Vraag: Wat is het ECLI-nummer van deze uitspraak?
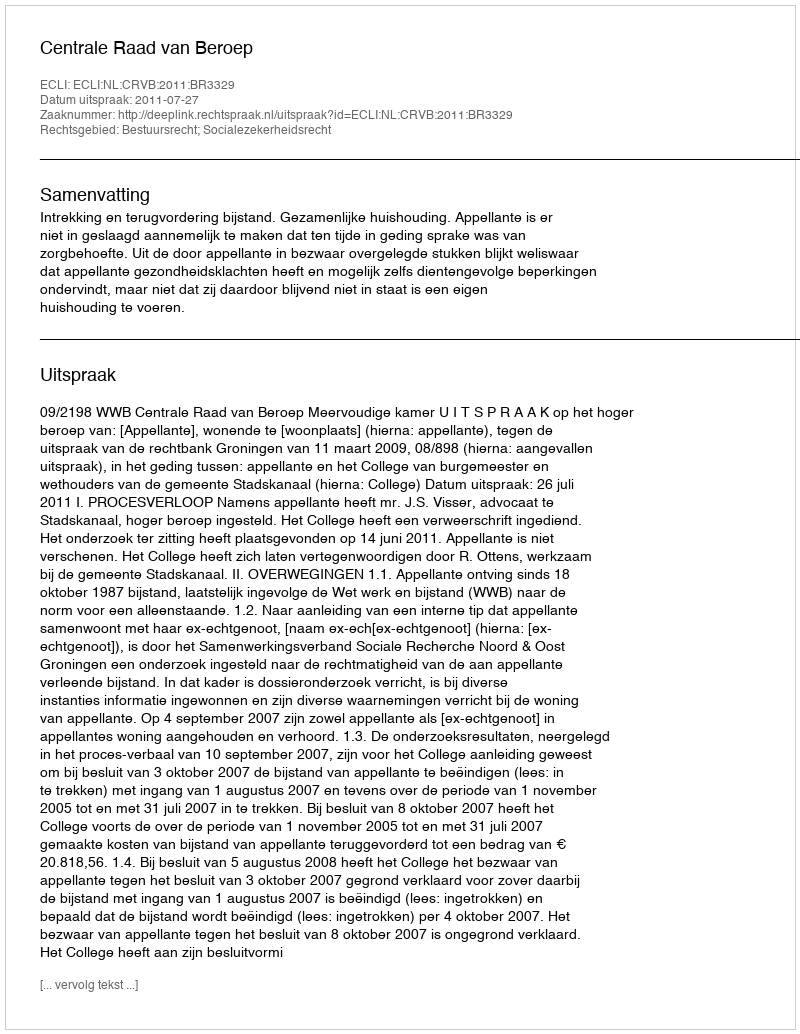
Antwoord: ECLI:NL:CRVB:2011:BR3329